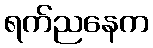
ရက်ညနေက